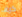
كيف